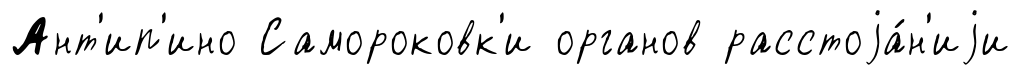
Ант'ип'ино Самороковк'и органов расстоjа́н'иjи